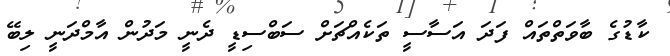
ކާޑުގެ ބާވަތްތައް ފަދަ އަސާސީ ތަކެއްޗަށް ސަބްސިޑީ ދެނީ މަދުން އާމްދަނީ ލިބޭ